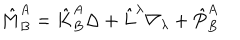
LaTeX: \hat { M } _ { B } ^ { A } = \hat { K } _ { B } ^ { A } \Delta + \hat { L } ^ { \lambda } \nabla _ { \lambda } + \hat { P } _ { B } ^ { A }